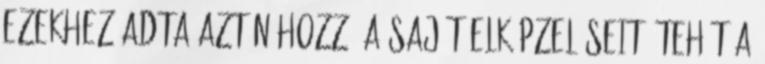
ezekhez adta aztán hozzá a saját elképzeléseit. Tehát a